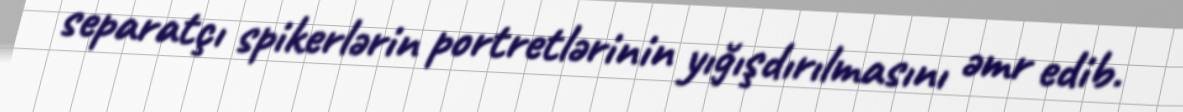
separatçı spikerlərin portretlərinin yığışdırılmasını əmr edib.